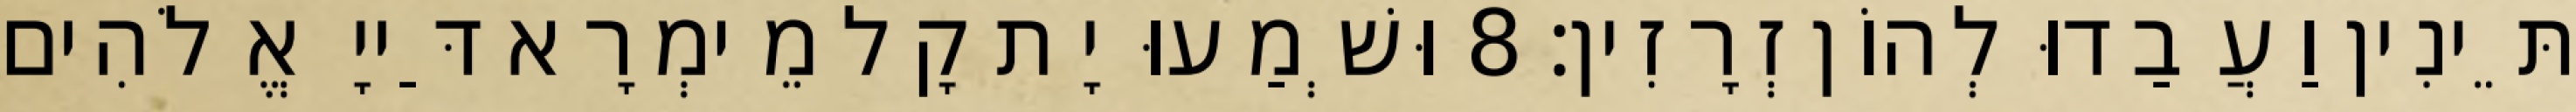
תֵּינִין וַעֲבַדוּ לְהוֹן זְרָזִין׃ 8 וּשְׁמַעוּ יָת קָל מֵימְרָא דַּייָ אֱלֹהִים